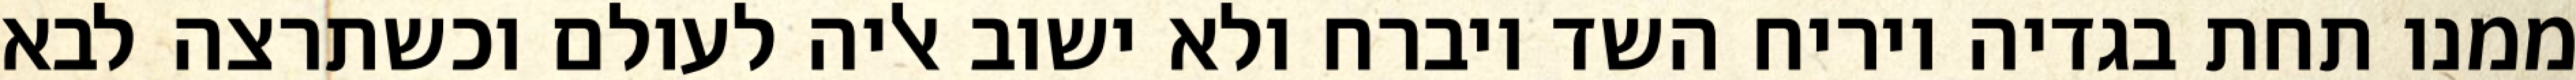
ממנו תחת בגדיה ויריח השד ויברח ולא ישוב אליה לעולם וכשתרצה לבא